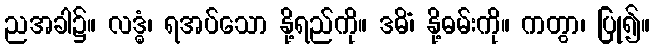
ညအခါ၌။ လဒ္ဓံ၊ ရအပ်သော နို့ရည်ကို။ ဒဓိံ၊ နို့ဓမ်းကို။ ကတွာ၊ ပြု၍။